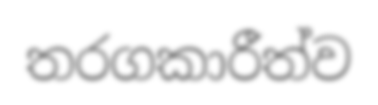
තරගකාරීත්ව